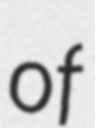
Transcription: of